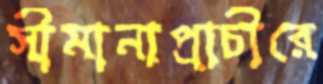
সীমানাপ্রাচীরে